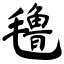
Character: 氇